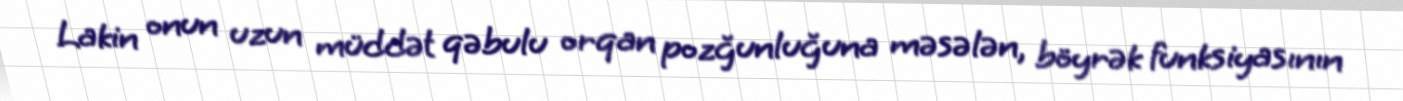
Lakin onun uzun müddət qəbulu orqan pozğunluğuna məsələn, böyrək funksiyasının